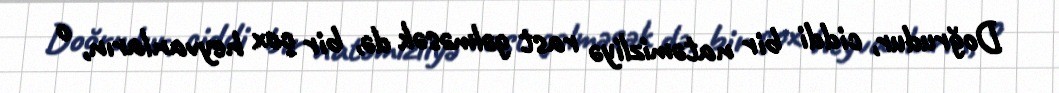
Doğrudur, ciddi bir natəmizliyə rast gəlməsək də, bir çox heyvanların, o